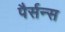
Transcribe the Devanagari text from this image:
पैर्सन्स